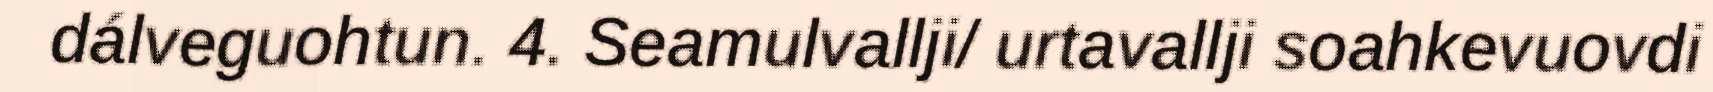
dálveguohtun. 4. Seamulvallji/ urtavallji soahkevuovdi